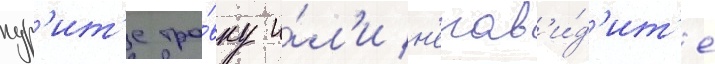
кур'ит'е тра́вку и́л'и н'енав'и́д'ит'е